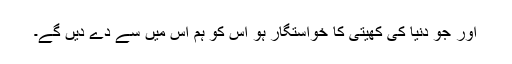
اور جو دنیا کی کھیتی کا خواستگار ہو اس کو ہم اس میں سے دے دیں گے۔